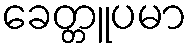
ခေတ္တူပမာ